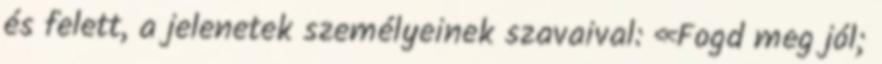
és felett, a jelenetek személyeinek szavaival: «Fogd meg jól;